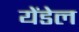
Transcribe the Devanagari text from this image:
येंडेल